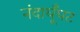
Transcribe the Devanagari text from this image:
नंदाघूँघट